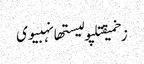
زخمیقتلپولیستھانہبیوی